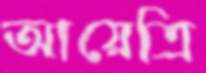
আয়েত্রি